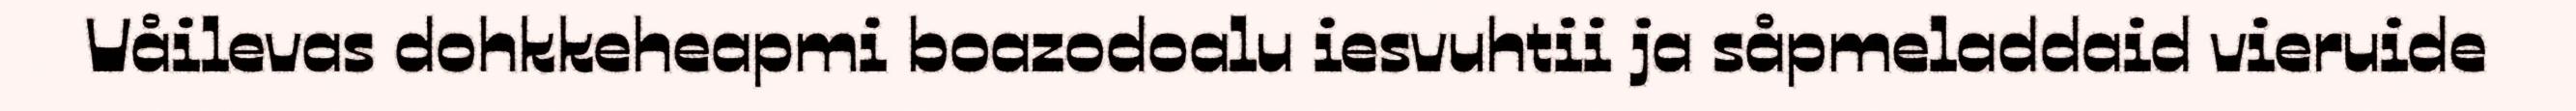
Våilevas dohkkeheapmi boazodoalu iesvuhtii ja såpmeladdaid vieruide